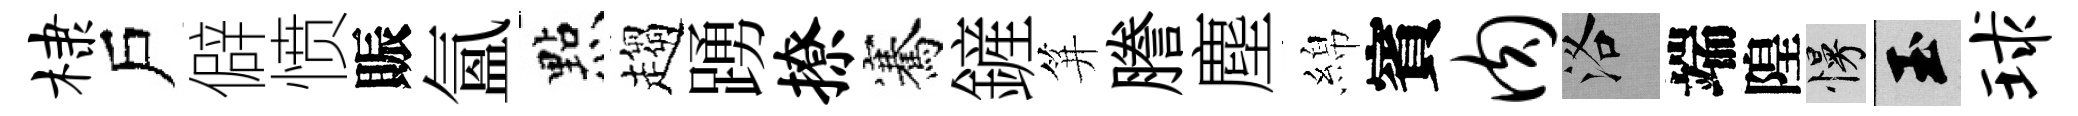
棣戶僻愤賑氲㸃趨踴撩騫鏟笄謄塵綿賓肉洛端隍慢玉球